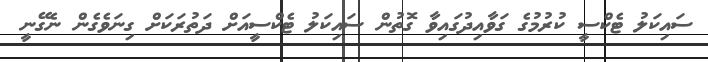
ސައިކަލު ޓެކްސީ ކުރުމުގެ ގަވާއިދުގައިވާ ގޮތުން ސައިކަލު ޓެކްސީއަށް ދަތުރަކަށް ގިނަވެގެން ނެގޭނީ